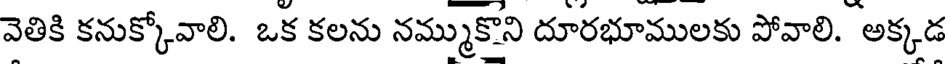
వెతికి కనుక్కోవాలి. ఒక కలను నమ్ముకొని దూరభూములకు పోవాలి. అక్కడ